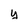
Character: y